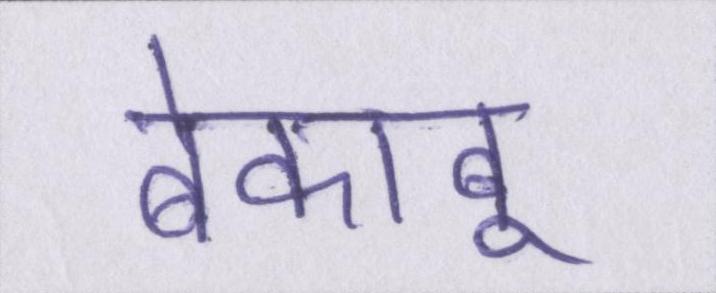
बेकाबू